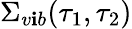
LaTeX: \Sigma_{v\mathbf{i}b}(\tau_{1},\tau_{2})